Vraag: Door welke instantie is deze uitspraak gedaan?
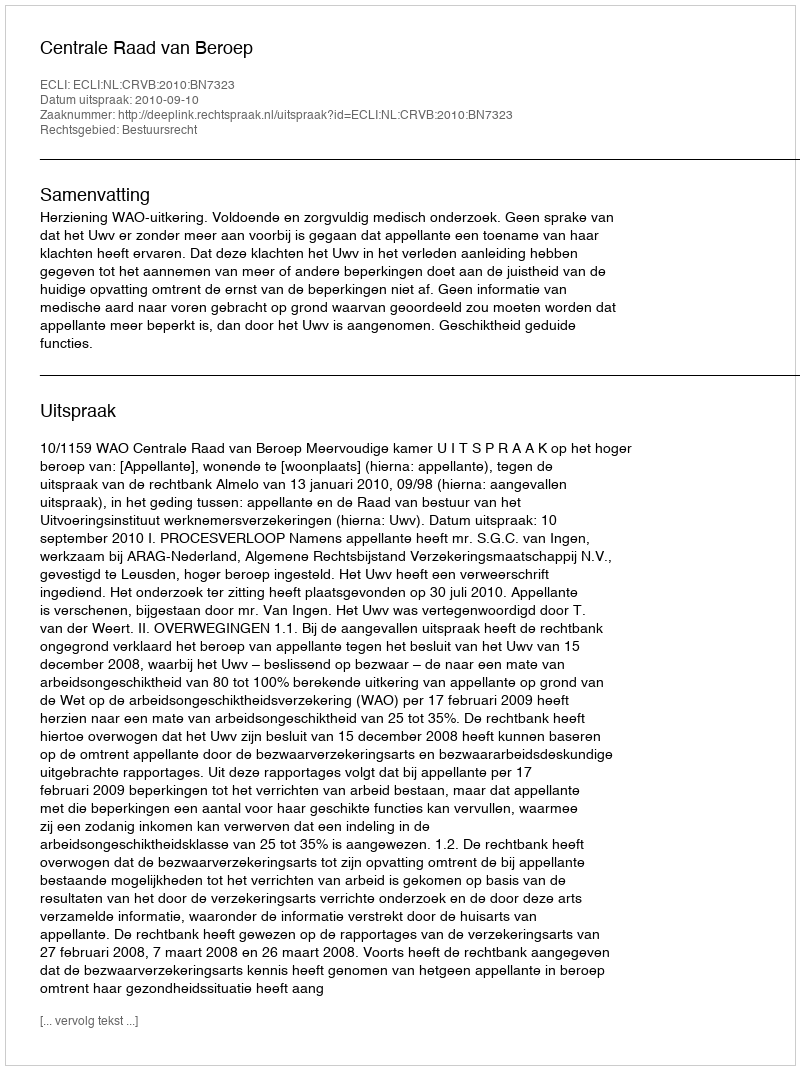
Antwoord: Centrale Raad van Beroep